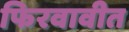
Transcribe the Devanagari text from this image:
फिरवावीत